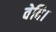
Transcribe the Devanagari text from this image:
वेदि।